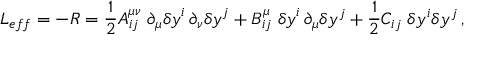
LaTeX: L _ { e f f } = - R = \frac { 1 } { 2 } A _ { i j } ^ { \mu \nu } \; \partial _ { \mu } { \delta y } ^ { i } \, \partial _ { \nu } { \delta y } ^ { j } + B _ { i j } ^ { \mu } \; { \delta y } ^ { i } \, \partial _ { \mu } \delta y ^ { j } + \frac { 1 } { 2 } C _ { i j } \; \delta y ^ { i } \delta y ^ { j } \, ,